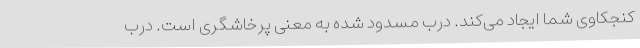
کنجکاوی شما ایجاد می‌کند. درب مسدود شده به معنی پرخاشگری است. درب